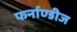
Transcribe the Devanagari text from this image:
फर्नाण्डीज